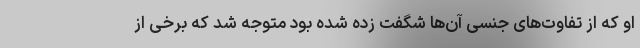
او که از تفاوت‌های جنسی آن‌ها شگفت زده شده بود متوجه شد که برخی از